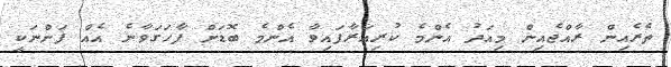
ތެރެއިން ރާއްޖެއިން މިއަދު އެންމެ ކުރިއަރާފައިވާ އެންމެ ބޮޑަށް ފާހަގަވާނެ އެއް ފަންނަކީ